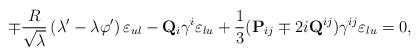
LaTeX: \begin{align*}\mp {R \over \sqrt{\lambda}} \left( \lambda ' - \lambda \varphi ' \right) \varepsilon_{ul} - {\bf Q}_i \gamma^i \varepsilon_{lu} + {1 \over 3}( {\bf P}_{ij} \mp 2 i {\bf Q}^{ij} ) \gamma^{ij} \varepsilon_{lu} = 0 ,\end{align*}